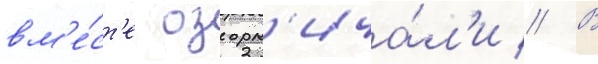
вм'е́ст'е озорн'ича́л'и // В